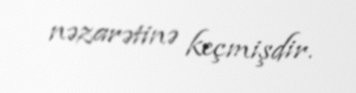
nəzarətinə keçmişdir.